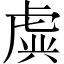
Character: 虡